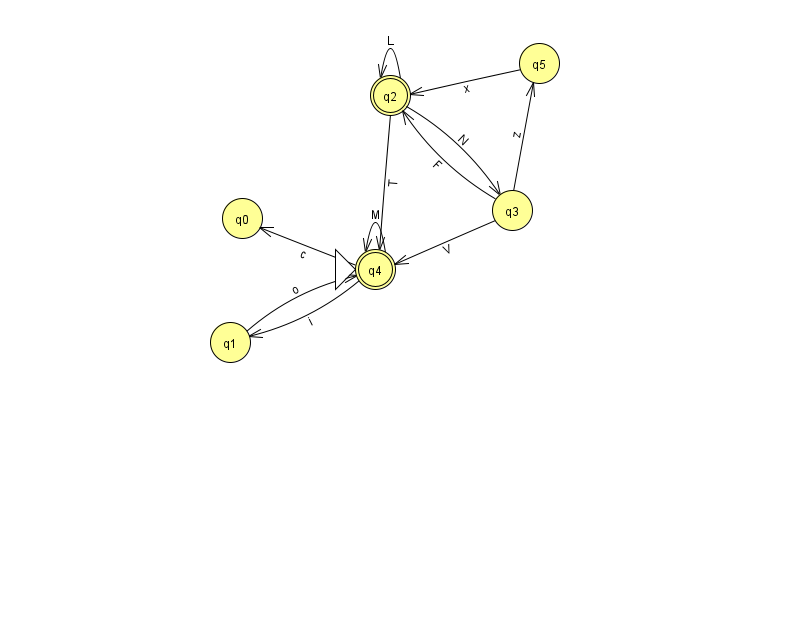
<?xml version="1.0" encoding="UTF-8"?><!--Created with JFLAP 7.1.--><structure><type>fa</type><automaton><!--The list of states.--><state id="0" name="q0"><x>242.0</x><y>205.0</y></state><state id="1" name="q1"><x>230.0</x><y>329.0</y></state><state id="2" name="q2"><x>390.0</x><y>82.0</y><final/></state><state id="3" name="q3"><x>512.0</x><y>197.0</y></state><state id="4" name="q4"><x>375.0</x><y>256.0</y><initial/><final/></state><state id="5" name="q5"><x>539.0</x><y>50.0</y></state><!--The list of transitions.--><transition><from>3</from><to>2</to><read>F</read></transition><transition><from>1</from><to>4</to><read>o</read></transition><transition><from>4</from><to>0</to><read>c</read></transition><transition><from>4</from><to>1</to><read>i</read></transition><transition><from>3</from><to>4</to><read>V</read></transition><transition><from>3</from><to>5</to><read>z</read></transition><transition><from>2</from><to>3</to><read>N</read></transition><transition><from>2</from><to>2</to><read>L</read></transition><transition><from>2</from><to>4</to><read>T</read></transition><transition><from>4</from><to>4</to><read>M</read></transition><transition><from>5</from><to>2</to><read>x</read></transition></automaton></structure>